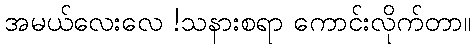
အမယ်လေးလေ !သနားစရာ ကောင်းလိုက်တာ။